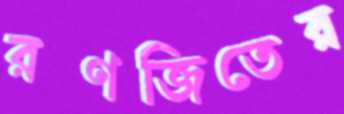
রণজিতের